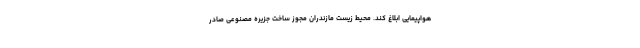
هواپیمایی ابلاغ کند. محیط ‌زیست مازندران مجوز ساخت جزیره مصنوعی صادر